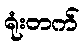
ရုံးတက်